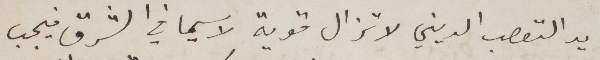
يد التعصب الديني لا تزال قوية لا سيما في الشرق فيجب